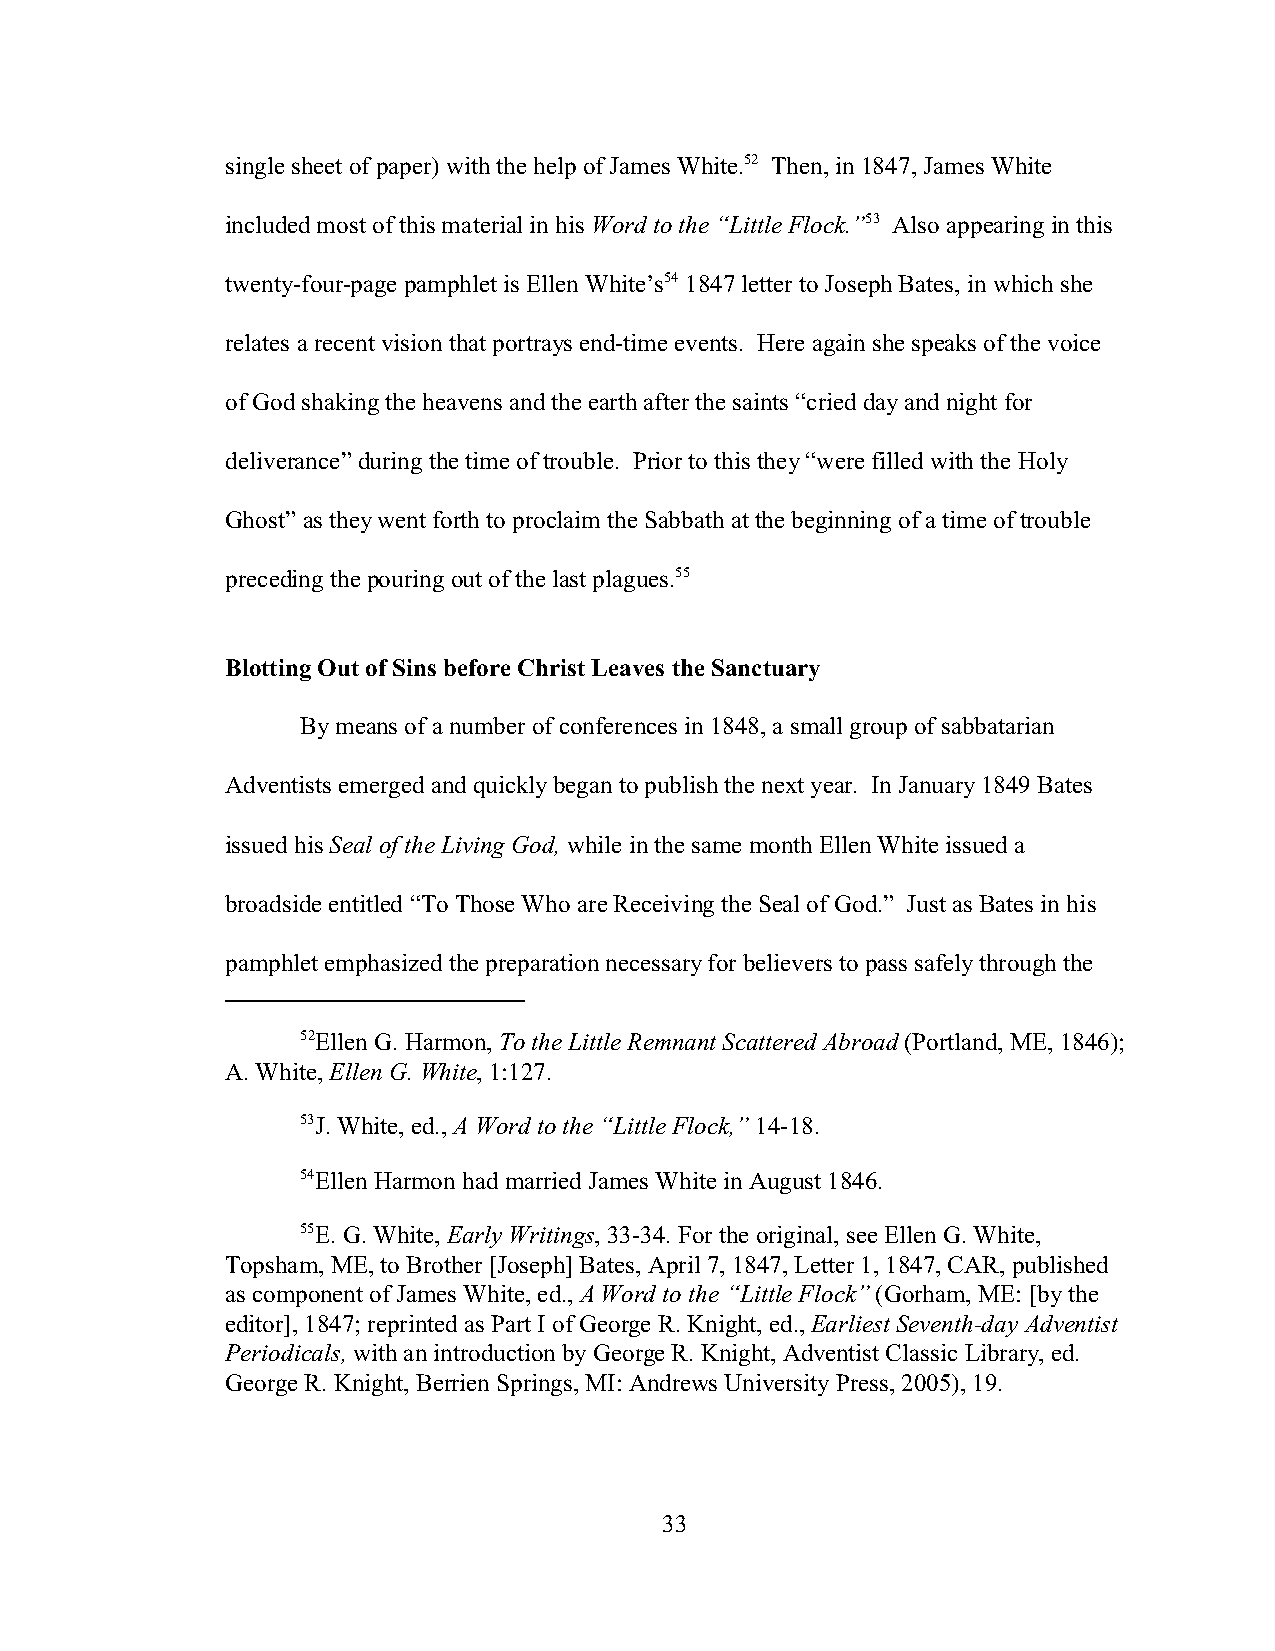
single sheet of paper) with the help of James White.52 Then, in 1847, James White
 included most of this material in his Word to the “Little Flock.”53 Also appearing in this
 twenty-four-page pamphlet is Ellen White’s54 1847 letter to Joseph Bates, in which she
 relates a recent vision that portrays end-time events. Here again she speaks of the voice
 of God shaking the heavens and the earth after the saints “cried day and night for
 deliverance” during the time of trouble. Prior to this they “were filled with the Holy
 Ghost” as they went forth to proclaim the Sabbath at the beginning of a time of trouble
 preceding the pouring out of the last plagues.55
 Blotting Out of Sins before Christ Leaves the Sanctuary
 By means of a number of conferences in 1848, a small group of sabbatarian
 Adventists emerged and quickly began to publish the next year. In January 1849 Bates
 issued his Seal of the Living God, while in the same month Ellen White issued a
 broadside entitled “To Those Who are Receiving the Seal of God.” Just as Bates in his
 pamphlet emphasized the preparation necessary for believers to pass safely through the
 52Ellen G. Harmon, To the Little Remnant Scattered Abroad (Portland, ME, 1846);
 A. White, Ellen G. White, 1:127.
 53J. White, ed., A Word to the “Little Flock,” 14-18.
 54Ellen Harmon had married James White in August 1846.
 55E. G. White, Early Writings, 33-34. For the original, see Ellen G. White,
 Topsham, ME, to Brother [Joseph] Bates, April 7, 1847, Letter 1, 1847, CAR, published
 as component of James White, ed., A Word to the “Little Flock” (Gorham, ME: [by the
 editor], 1847; reprinted as Part I of George R. Knight, ed., Earliest Seventh-day Adventist
 Periodicals, with an introduction by George R. Knight, Adventist Classic Library, ed.
 George R. Knight, Berrien Springs, MI: Andrews University Press, 2005), 19.
 33